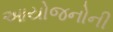
આયોજનોની